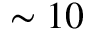
\sim 1 0